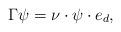
LaTeX: \begin{align*} \Gamma \psi = \nu \cdot \psi \cdot e_d,\end{align*}